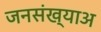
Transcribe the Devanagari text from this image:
जनसंख्याअ